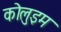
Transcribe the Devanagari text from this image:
कोलुइम